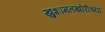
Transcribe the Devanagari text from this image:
खुशामतखोरीच्या